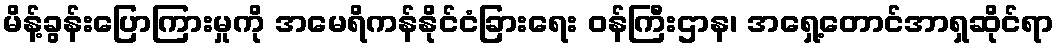
မိန့်ခွန်းပြောကြားမှုကို အမေရိကန်နိုင်ငံခြားရေး ဝန်ကြီးဌာန၊ အရှေ့တောင်အာရှဆိုင်ရာ